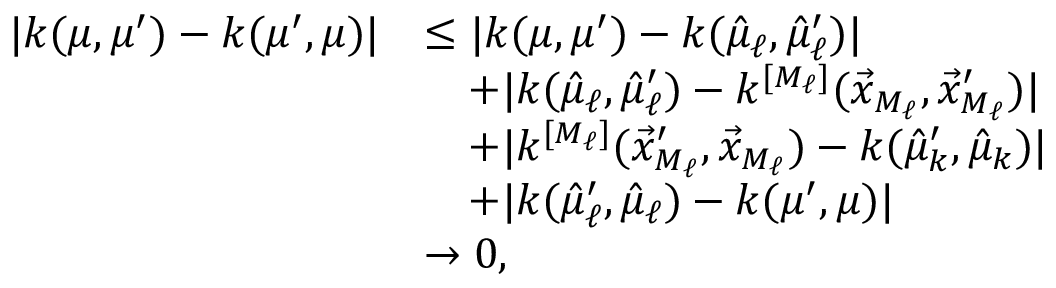
\begin{array} { r l } { | k ( \mu , \mu ^ { \prime } ) - k ( \mu ^ { \prime } , \mu ) | } & { \leq | k ( \mu , \mu ^ { \prime } ) - k ( \hat { \mu } _ { \ell } , \hat { \mu } _ { \ell } ^ { \prime } ) | } \\ & { \quad + | k ( \hat { \mu } _ { \ell } , \hat { \mu } _ { \ell } ^ { \prime } ) - k ^ { [ M _ { \ell } ] } ( \vec { x } _ { M _ { \ell } } , \vec { x } _ { M _ { \ell } } ^ { \prime } ) | } \\ & { \quad + | k ^ { [ M _ { \ell } ] } ( \vec { x } _ { M _ { \ell } } ^ { \prime } , \vec { x } _ { M _ { \ell } } ) - k ( \hat { \mu } _ { k } ^ { \prime } , \hat { \mu } _ { k } ) | } \\ & { \quad + | k ( \hat { \mu } _ { \ell } ^ { \prime } , \hat { \mu } _ { \ell } ) - k ( \mu ^ { \prime } , \mu ) | } \\ & { \rightarrow 0 , } \end{array}